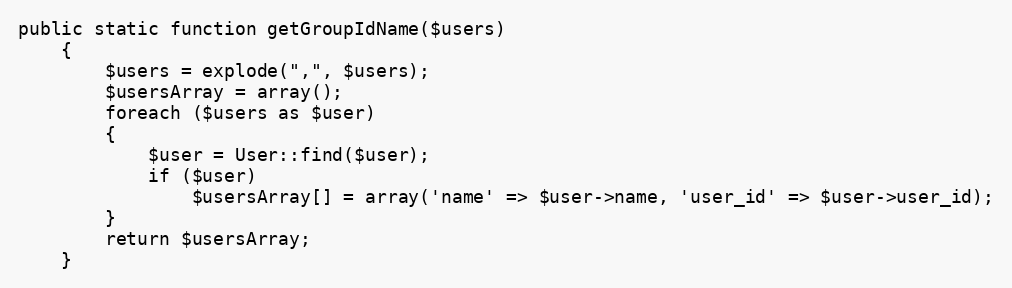
Language: PHP
public static function getGroupIdName($users)
	{
		$users = explode(",", $users);
		$usersArray = array();
		foreach ($users as $user)
		{
			$user = User::find($user);
			if ($user)
				$usersArray[] = array('name' => $user->name, 'user_id' => $user->user_id);
		}
		return $usersArray;
	}